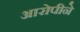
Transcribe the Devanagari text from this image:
आरोपीने